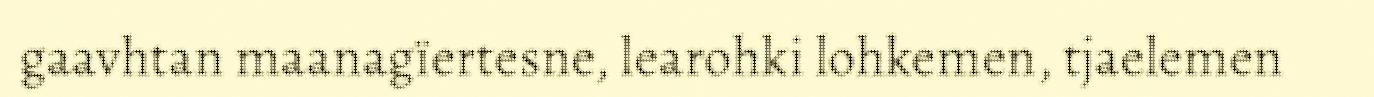
gaavhtan maanagïertesne, learohki lohkemen, tjaelemen